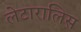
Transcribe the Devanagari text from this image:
लेटारालिस